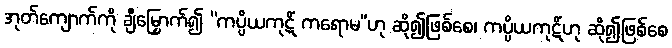
အုတ်ကျောက်ကို ချီမြှောက်၍ “ကပ္ပိယကုဋိံ ကရောမ”ဟု ဆို၍ဖြစ်စေ၊ ကပ္ပိယကုဋိံဟု ဆို၍ဖြစ်စေ